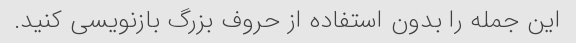
این جمله را بدون استفاده از حروف بزرگ بازنویسی کنید.